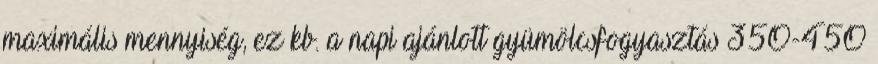
maximális mennyiség, ez kb. a napi ajánlott gyümölcsfogyasztás 35O-45O